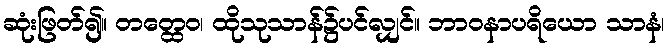
ဆုံးဖြတ်၍။ တတ္ထေဝ၊ ထိုသုသာန်၌ပင်လျှင်။ ဘာဝနာပရိယော သာနံ၊